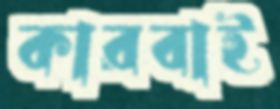
কারবাই